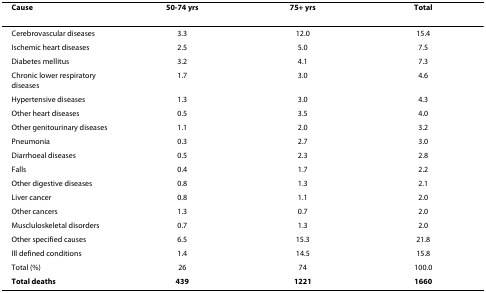
| Cause | 50-74 yrs | 75+ yrs | Total |
 | --- | --- | --- | --- |
 | Cerebrovascular diseases | 3.3 | 12.0 | 15.4 |
 | Ischemic heart diseases | 2.5 | 5.0 | 7.5 |
 | Diabetes mellitus | 3.2 | 4.1 | 7.3 |
 | Chronic lower respiratory diseases | 1.7 | 3.0 | 4.6 |
 | Hypertensive diseases | 1.3 | 3.0 | 4.3 |
 | Other heart diseases | 0.5 | 3.5 | 4.0 |
 | Other genitourinary diseases | 1.1 | 2.0 | 3.2 |
 | Pneumonia | 0.3 | 2.7 | 3.0 |
 | Diarrhoeal diseases | 0.5 | 2.3 | 2.8 |
 | Falls | 0.4 | 1.7 | 2.2 |
 | Other digestive diseases | 0.8 | 1.3 | 2.1 |
 | Liver cancer | 0.8 | 1.1 | 2.0 |
 | Other cancers | 1.3 | 0.7 | 2.0 |
 | Muscluloskeletal disorders | 0.7 | 1.3 | 2.0 |
 | Other specified causes | 6.5 | 15.3 | 21.8 |
 | Ill defined conditions | 1.4 | 14.5 | 15.8 |
 | Total (%) | 26 | 74 | 100.0 |
 | Total deaths | 439 | 1221 | 1660 |